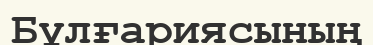
Бұлғариясының